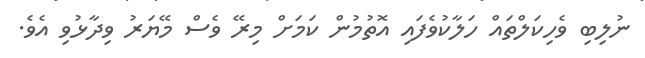
ނުލިބި ވެހިކަލްތައް ހަލާކުވެފައި އޮތުމުން ކަމަށް މިރޭ ވެސް މޭޔަރު ވިދާޅުވި އެވެ.